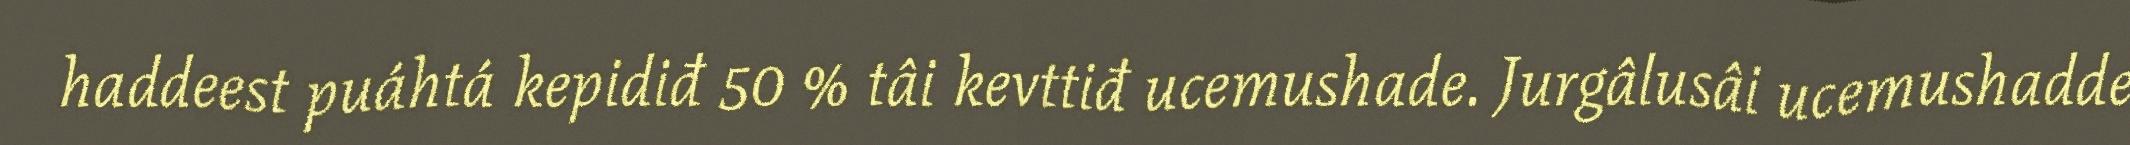
haddeest puáhtá kepidiđ 50 % tâi kevttiđ ucemushade. Jurgâlusâi ucemushadde